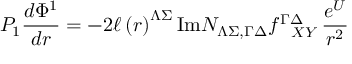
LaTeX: P _ { 1 } { \frac { d \Phi ^ { 1 } } { d r } } = - 2 \ell \left( r \right) ^ { \Lambda \Sigma } \mathrm { I m } { \cal N } _ { \Lambda \Sigma , \Gamma \Delta } f _ { ~ ~ X Y } ^ { \Gamma \Delta } \, { \frac { e ^ { U } } { r ^ { 2 } } }